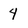
Character: 4